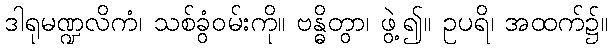
ဒါရုမဏ္ဍလိကံ၊ သစ်ခွံဝမ်းကို။ ဗန္ဓိတွာ၊ ဖွဲ့၍။ ဥပရိ၊ အထက်၌။